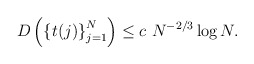
\begin{align*}D\left( \left\{ t(j)\right\} _{j=1}^{N}\right) \leq c\ N^{-2/3}\log N.\end{align*}